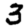
Digit: 3